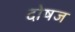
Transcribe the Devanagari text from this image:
दोषज